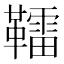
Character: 𩍢